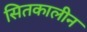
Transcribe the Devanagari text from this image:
सितकालीन